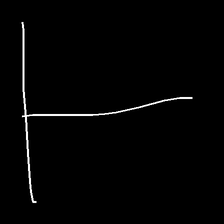
Glyph: column